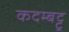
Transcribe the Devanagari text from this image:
कदम्बट्टू